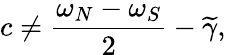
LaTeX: c\neq\frac{\omega_{N}-\omega_{S}}{2}-\widetilde{\gamma},